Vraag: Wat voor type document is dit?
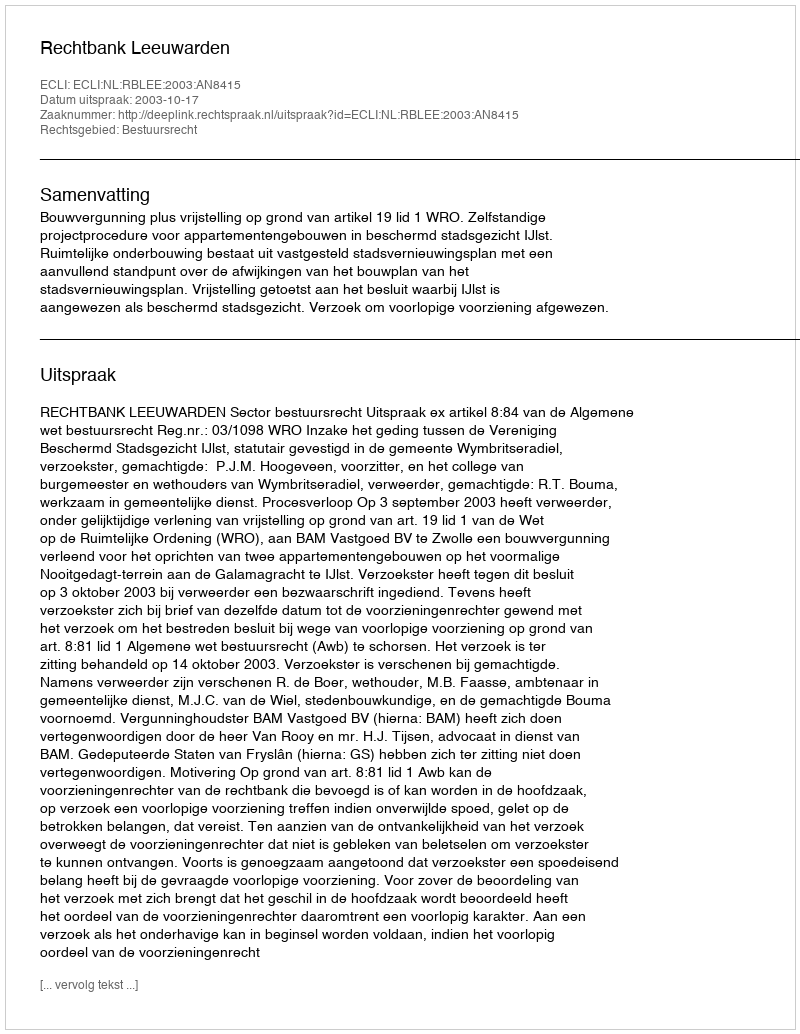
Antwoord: Uitspraak